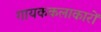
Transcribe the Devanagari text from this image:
गायककलाकारों